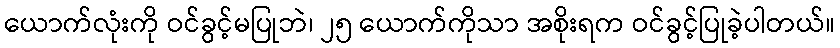
ယောက်လုံးကို ဝင်ခွင့်မပြုဘဲ၊ ၂၅ ယောက်ကိုသာ အစိုးရက ဝင်ခွင့်ပြုခဲ့ပါတယ်။